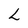
Character: L